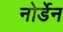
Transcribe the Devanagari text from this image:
नोर्डेन